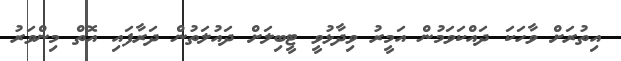
އިތުރަށް ވާހަކަ ދައްކަވަމުން އަމީރު ވިދާޅުވީ ޓީބިލަށް ދައުލަތުން ދަރާފައި އޮތް މިންވަރު